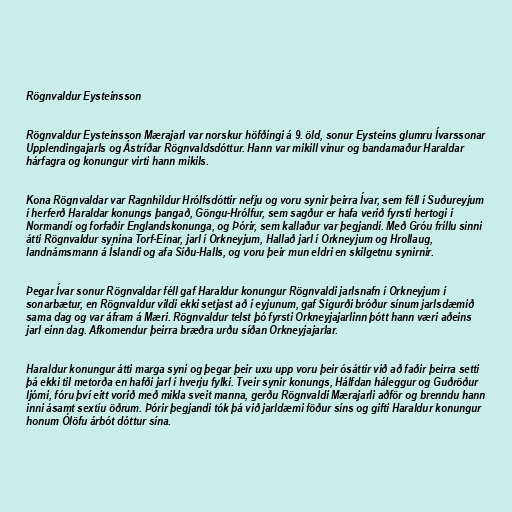
Rögnvaldur Eysteinsson

Rögnvaldur Eysteinsson Mærajarl var norskur höfðingi á 9. öld, sonur Eysteins glumru Ívarssonar
Upplendingajarls og Ástríðar Rögnvaldsdóttur. Hann var mikill vinur og bandamaður Haraldar
hárfagra og konungur virti hann mikils.

Kona Rögnvaldar var Ragnhildur Hrólfsdóttir nefju og voru synir þeirra Ívar, sem féll í Suðureyjum
í herferð Haraldar konungs þangað, Göngu-Hrólfur, sem sagður er hafa verið fyrsti hertogi í
Normandí og forfaðir Englandskonunga, og Þórir, sem kallaður var þegjandi. Með Gróu frillu sinni
átti Rögnvaldur synina Torf-Einar, jarl í Orkneyjum, Hallað jarl í Orkneyjum og Hrollaug,
landnámsmann á Íslandi og afa Síðu-Halls, og voru þeir mun eldri en skilgetnu synirnir.

Þegar Ívar sonur Rögnvaldar féll gaf Haraldur konungur Rögnvaldi jarlsnafn í Orkneyjum í
sonarbætur, en Rögnvaldur vildi ekki setjast að í eyjunum, gaf Sigurði bróður sínum jarlsdæmið
sama dag og var áfram á Mæri. Rögnvaldur telst þó fyrsti Orkneyjajarlinn þótt hann væri aðeins
jarl einn dag. Afkomendur þeirra bræðra urðu síðan Orkneyjajarlar.

Haraldur konungur átti marga syni og þegar þeir uxu upp voru þeir ósáttir við að faðir þeirra setti
þá ekki til metorða en hafði jarl í hverju fylki. Tveir synir konungs, Hálfdan háleggur og Guðröður
ljómi, fóru því eitt vorið með mikla sveit manna, gerðu Rögnvaldi Mærajarli aðför og brenndu hann
inni ásamt sextíu öðrum. Þórir þegjandi tók þá við jarldæmi föður síns og gifti Haraldur konungur
honum Ólöfu árbót dóttur sína.